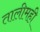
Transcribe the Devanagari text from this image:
तालीमही